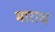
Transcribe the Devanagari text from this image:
माराच